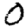
Digit: 0